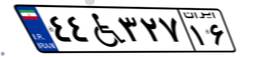
۳۱W۲۴۹۴۳